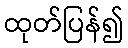
ထုတ်ပြန်၍